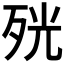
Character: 𭮋